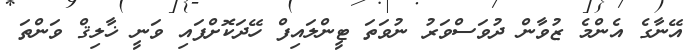
އޭނާގެ އެންމެ ޒުވާން ދުވަސްވަރު ނުވަތަ ޓީންލައިފް ހޭދަކޮށްފައި ވަނީ ޚާލިޤް ވަންތަ